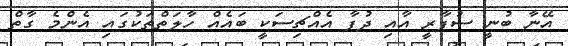
އޭނާ ބުނީ ސުޕާރީ އާއި ދުފާ އެއްޗިސަކީ ބައެއް ހާލަތްތަކުގައި އެންމެ ގާތް